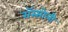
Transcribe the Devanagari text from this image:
रॉस्सोली